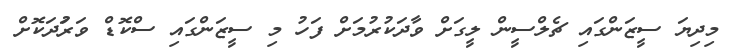
މިދިޔަ ސީޒަންގައި ޗެލްސީން ލީގަށް ވާދަކުރުމަށް ފަހު މި ސީޒަންގައި ސްކޮޑް ވަރުަދަކޮށް